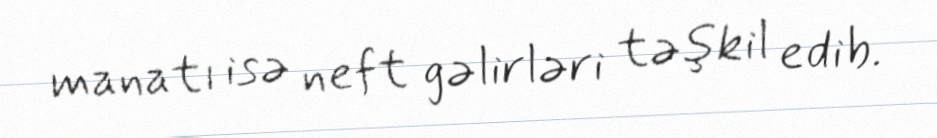
manatı isə neft gəlirləri təşkil edib.